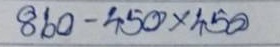
860 - 450 x 450